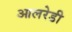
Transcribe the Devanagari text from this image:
आलरेडी